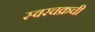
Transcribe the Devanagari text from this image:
स्वरचक्रची